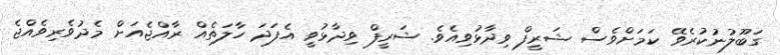
ގަބޫލުނުކުރެވޭ ކަމަށްވެސް ޝަރީފް ވިދާޅުވިއެވެ. ޝަރީފް ވިދާޅުވީ އެފަދަ ހާލަތެއް ރާއްޖެއަށް މެދުވެރިވެއްޖެ